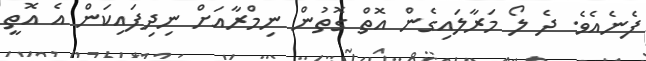
ފެނެއެވެ. ދެ ލޯ މަރާލައިގެން އޮތް ގޮތުން ނިމްރާއަށް ނިދިފައިކަން އެ އޮތީ